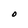
Character: O